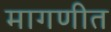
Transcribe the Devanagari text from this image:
मागणीत